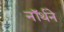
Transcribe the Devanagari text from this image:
नॉर्थने